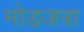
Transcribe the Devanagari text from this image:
मोडजत्रा